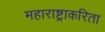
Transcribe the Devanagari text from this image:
महाराष्ट्राकरिता